Lunatic asylums Bombay report 1891-1903 - 1891-1903
Year: 1891
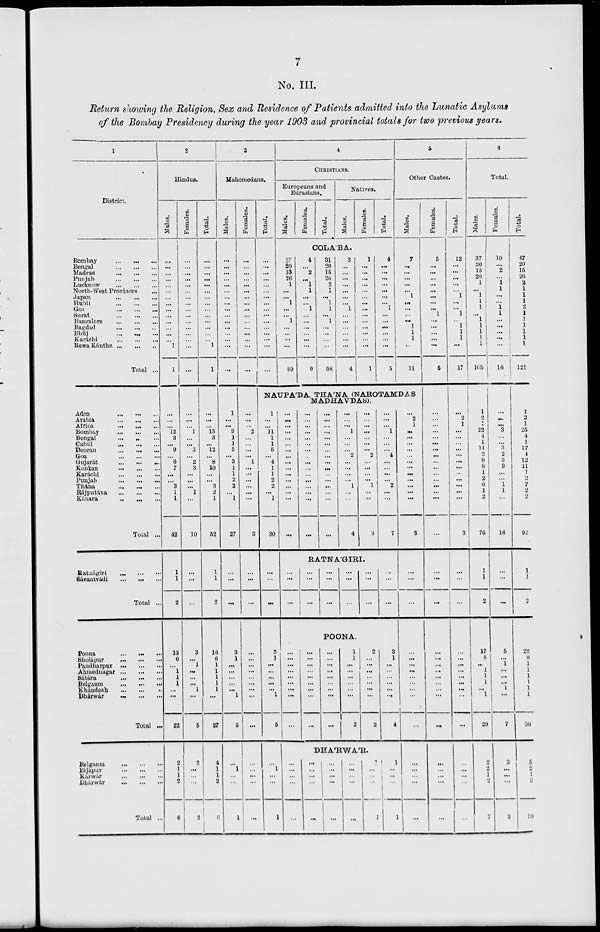
7
No. III.
Return showing the Religion, Sex and Residence of Patients admitted into the Lunatic Asylums
of the Bombay Presidency during the year 1903 and provincial totals for two previous years.
1
District.
Bombay
...
...
...
Bengal
...
...
...
Madras
...
...
...
Punjab
...
...
...
Lucknow
...
...
...
North-West Provinces ...
Japan
...
...
...
Hubli
...
...
...
Goa
...
...
...
Surat
...
...
...
Bangalore
...
...
...
Bagdad
...
...
...
Bhúj
...
...
...
Karachi
...
...
...
Rewa Kántha ... ... ...
Total ...
Aden
...
...
...
Arabia
...
...
...
Africa
...
...
...
Bombay
...
...
...
Bengal
...
...
...
Cabul
...
...
...
Deccan
...
...
...
Goa
...
...
...
Gujarát
...
...
...
Konkan
...
...
...
Karachi
...
...
...
Punjab
...
...
...
Thána
...
...
...
Rájputána
...
...
...
Kánara
...
...
...
Total ...
Ratnátgiri
...
...
...
Sávantvádi ... ... ...
Total ...
Poona
...
...
...
Sholápur
...
...
...
Pandharpur
...
...
...
Ahmednagar
...
...
...
Sátára
...
...
...
Belgaum
...
...
...
Khándesh
...
...
...
Dhárwár ... ... ...
Total ...
Belgaum
...
...
...
Bijápur
...
...
...
Karwár
...
...
...
Dhárwár
...
...
...
Total ...
2
Hindus.
Males.
...
...
...
...
...
...
...
...
...
...
...
...
...
...
1
1
...
...
...
12
3
... 9
...
6
7
...
...
3
1
1
42
1
1
2
13
6
...
1
1
1
...
...
22
2
1
1
2
6
Females.
...
...
...
...
...
...
...
...
...
...
...
...
...
...
...
...
...
...
...
1
...
...
3
...
2
3
...
...
...
1
...
10
...
...
...
3
...
1
...
...
...
1
...
5
2
...
...
...
2
Total.
...
...
...
...
...
...
...
...
...
...
...
...
...
... 1
1
...
...
...
13
3
... 12
...
8
10
...
...
3
2
1
52
1
1
2
16
6
1
1
1
1
... ...
27
4
1
1
2
8
3
Mahomedans.
Males.
...
...
...
...
...
...
...
...
...
...
...
...
...
...
...
...
1
...
...
9
1
1
5
...
3
1
1
2
2
...
1
27
...
...
...
3
1
...
...
...
...
... 1
6
...
1
...
...
1
Females.
...
...
...
...
...
...
...
...
...
...
...
...
...
...
...
...
...
...
...
2
...
...
...
...
1
...
...
...
...
...
...
3
...
...
...
...
...
...
...
...
...
...
...
...
...
...
...
...
...
Total.
...
...
...
...
...
...
...
...
...
...
...
...
...
...
...
...
4
CHRISTIANS.
Europeans and
Eurasians.
Males.
Females.
Total.
Natives.
Males.
Females.
Total.
COLA'BA.
27
20
13
26
1
...
...
1
...
...
1
...
...
...
...
89
4
...
2
...
1
1
...
...
1
...
...
...
...
...
...
9
31
20
15
26
2
1
...
1
1
...
1
...
...
...
...
98
3
...
...
...
...
...
...
...
1
...
...
...
...
...
...
4
1
...
...
...
...
...
...
...
...
...
...
...
...
...
...
1
4
...
...
...
...
...
...
... 1
...
...
...
...
...
...
5
5
Other Castes.
Males.
7
...
...
...
...
...
1
...
...
...
...
1
1
1
...
11
NAUPA'DA THA'NA (NAROTAMDAS
MADHAVDAS).
1
...
...
11
1
1
5
...
4
1
1
2
2
...
1
30
...
...
...
3
1
...
...
...
...
...
1
6
...
1
...
...
1
...
...
...
...
...
...
...
...
...
...
...
...
...
...
...
...
...
...
...
...
...
...
...
...
...
...
...
...
...
...
...
...
...
...
...
...
...
...
...
...
...
...
...
...
...
...
...
...
...
...
...
1
...
...
...
2
...
...
...
...
1
...
...
4
...
...
...
...
...
...
...
2
...
...
...
...
1
...
...
3
...
...
...
1
...
...
...
4
...
...
...
...
2
...
...
7
RATNA'GIRI
...
...
...
...
...
...
...
...
...
...
...
...
...
...
...
...
...
...
POONA.
...
...
...
...
...
...
...
...
...
...
...
...
...
...
...
...
...
...
...
...
...
...
...
...
...
...
...
1
1
...
...
...
...
...
...
2
2
...
...
...
...
...
...
...
2
3
1
...
...
...
...
...
...
4
DHA'RWA'R.
...
...
...
...
...
...
...
...
...
...
...
...
...
...
...
1
...
...
...
...
...
...
...
...
1
1
...
...
...
1
...
2
1
...
...
...
...
...
...
...
...
...
...
...
...
3
...
...
...
...
...
...
...
...
...
...
...
...
...
...
... ...
...
Females.
5
...
...
...
...
...
...
...
...
1
...
...
...
...
...
6
...
...
...
...
...
...
...
...
...
...
...
...
...
...
...
...
...
...
...
...
...
...
...
...
...
...
...
...
...
...
... ...
...
Total.
12
...
...
...
...
...
1
...
...
1
...
1
1
1
...
17
...
2
1
...
...
...
...
...
...
...
...
...
...
...
...
3
...
...
...
...
...
...
...
...
...
...
...
...
...
...
...
...
...
6
Total.
Males.
37
20
13
26
1
...
1
1
1
...
1
1
1
1
1
105
1
2
1
22
4
1
14
2
9
8
1
2
6
1
2
76
1
1
2
17
8
...
1
1
1
...
1
29
2
2
1
2
7
Females.
10
...
2
...
1
1
...
...
1
1
...
...
...
...
...
16
...
...
...
3
...
... 3
2
3
3
...
...
1
1
...
16
...
...
...
5
...
1
...
...
...
1
...
7
3
...
...
...
3
Total.
47
20
15
26
2
1
1
1
2
1
1
1
1
1
1
121
1
2
1
25
4
1
17
4
12
11
1
2
7
2
2
92
1
1
2
22
8
1
1
1
1
1
1
36
5
2
1
2
10